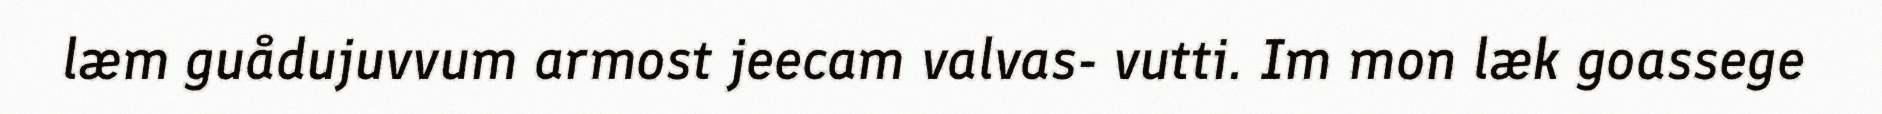
læm guådujuvvum armost jeecam valvas- vutti. Im mon læk goassege